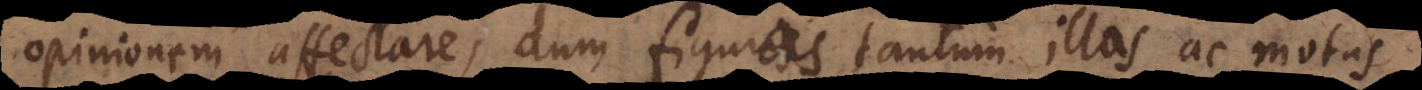
opinionem affectare, dum figuras tantum illas ac motus